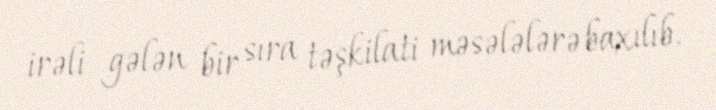
irəli gələn bir sıra təşkilati məsələlərə baxılıb.